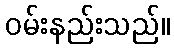
ဝမ်းနည်းသည်။